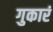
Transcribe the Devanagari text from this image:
गुकारं